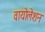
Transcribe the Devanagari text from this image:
वायोलेशन